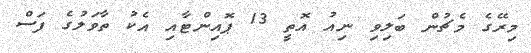
މިރޭގެ މެޗުން ބަލިވި ނިއު އޮތީ 13 ޕޮއިންޓާއި އެކު ތާވަލުގެ ފަސް